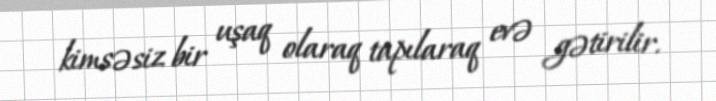
kimsəsiz bir uşaq olaraq tapılaraq evə gətirilir.